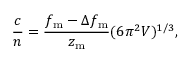
\frac { c } { n } = \frac { f _ { \mathrm { m } } - \Delta f _ { \mathrm { m } } } { z _ { \mathrm { m } } } ( 6 \pi ^ { 2 } V ) ^ { 1 / 3 } ,